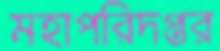
মহাপরিদপ্তর